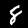
Digit: 8